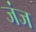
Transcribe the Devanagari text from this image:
जंज